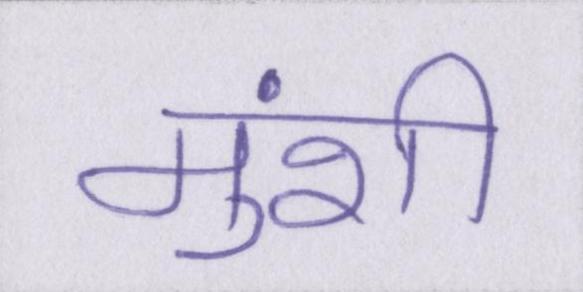
मुंशी